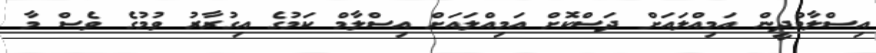
އިސްލާމްދީން އަމިއްލައަށް ދަސްކޮށް އަމިއްލައަށް އިސްލާމް ކަމުގެ އިގުރާރު ވުމުގެ ވެސް މާ